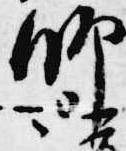
師